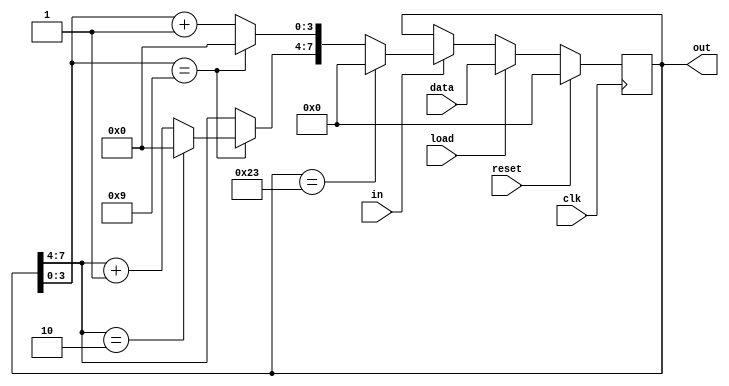

`timescale 1 ps/ 1 ps

module counter24(
	input clk, reset, load, in,
	input [7 : 0] data,
	output reg [7 : 0] out = 8'b00000000
	);
	always @(posedge clk)
	begin
		if (reset == 1'b1)
			out = 0;
		else if (load == 1'b1)
			out = data;
		else if (in == 1'b1)
		begin
			if (out == 8'h23)
				out = 0;
			else if(out[3 : 0] == 4'h9)
				begin
					out[3 : 0] = 0;
					if (out[7 : 4] == 4'h2)
						out[7 : 4] = 0;
					else
						out[7 : 4] = out[7 : 4] + 1;
				end
			else
				out[3 : 0] = out[3 : 0] + 1;
		end
	end
endmodule